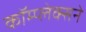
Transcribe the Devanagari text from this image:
कॉम्प्लेक्सने